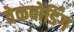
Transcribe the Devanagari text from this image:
वेकबोर्डिंग